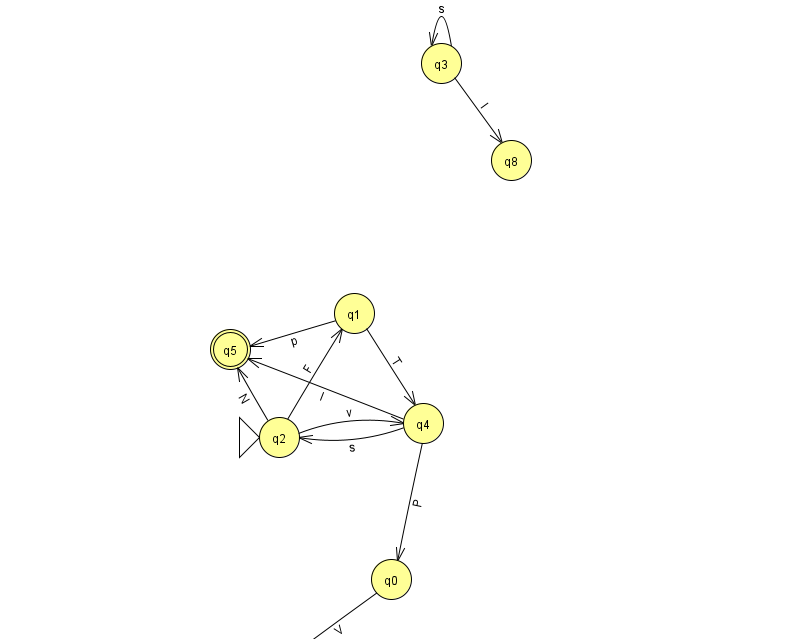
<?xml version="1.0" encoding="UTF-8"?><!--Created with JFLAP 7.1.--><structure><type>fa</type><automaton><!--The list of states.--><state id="0" name="q0"><x>391.0</x><y>566.0</y></state><state id="1" name="q1"><x>354.0</x><y>300.0</y></state><state id="2" name="q2"><x>279.0</x><y>424.0</y><initial/></state><state id="3" name="q3"><x>441.0</x><y>50.0</y></state><state id="4" name="q4"><x>423.0</x><y>410.0</y></state><state id="5" name="q5"><x>230.0</x><y>336.0</y><final/></state><state id="7" name="q7"><x>274.0</x><y>651.0</y><final/></state><state id="8" name="q8"><x>511.0</x><y>147.0</y></state><!--The list of transitions.--><transition><from>1</from><to>5</to><read>p</read></transition><transition><from>4</from><to>2</to><read>s</read></transition><transition><from>4</from><to>5</to><read>I</read></transition><transition><from>3</from><to>3</to><read>s</read></transition><transition><from>2</from><to>4</to><read>v</read></transition><transition><from>2</from><to>5</to><read>N</read></transition><transition><from>4</from><to>0</to><read>P</read></transition><transition><from>0</from><to>7</to><read>V</read></transition><transition><from>3</from><to>8</to><read>l</read></transition><transition><from>1</from><to>4</to><read>T</read></transition><transition><from>2</from><to>1</to><read>F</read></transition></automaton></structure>